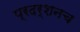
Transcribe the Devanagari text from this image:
प्रदर्शनच